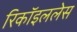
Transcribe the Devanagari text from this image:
रिकॉइललेस